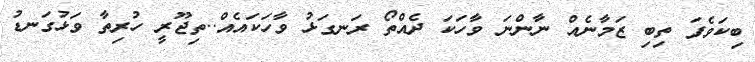
ބިކަވެފަ ތިބި ޒަމާނެއް ނާންނަ ވާހަކަ ދެއްތޯ ރަނގަޅު ވާހަކައެއް..ތިޖޫރީ ހުރިތާ ވަޅުގަނޑު